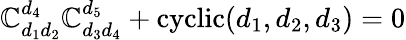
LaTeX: \mathbb{C}_{d_{1}d_{2}}^{d_{4}}\mathbb{C}_{d_{3}d_{4}}^{d_{5}}+\mathrm{{cyclic}}(d_{1},d_{2},d_{3})=0